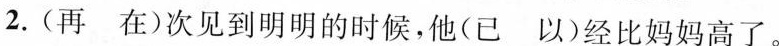
2.(再 在)次见到明明的时候，他(已 以)经比妈妈高了。